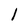
Character: l